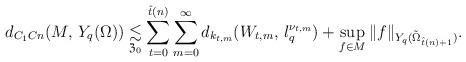
LaTeX: \begin{align*}d_{C_1Cn}(M, \, Y_q(\Omega)) \underset{\mathfrak{Z}_0}{\lesssim} \sum \limits _{t=0}^{\hat t(n)}\sum \limits_{m=0}^\infty d_{k_{t,m}}(W_{t,m}, \, l_q^{\nu_{t,m}}) + \sup _{f\in M} \|f\| _{Y_q(\tilde \Omega _{\hat t(n)+1})}.\end{align*}